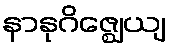
နာနုဂိဇ္ဈေယျ